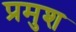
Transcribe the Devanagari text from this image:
प्रमुश